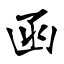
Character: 函